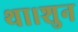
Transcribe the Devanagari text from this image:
था।शुन